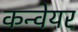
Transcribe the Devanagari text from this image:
कन्‍वेयर